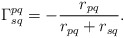
\begin{align*}\Gamma^{pq}_{sq} = - \frac{r_{pq}}{r_{pq} + r_{sq}}.\end{align*}